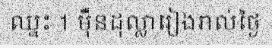
ឈ្នះ 1 ម៉ឺនដុល្លារៀងរាល់ថ្ងៃ